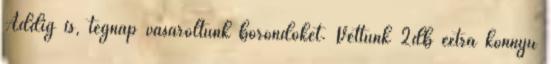
Addig is, tegnap vásároltunk bőrőndöket. Vettünk 2db extra könnyű